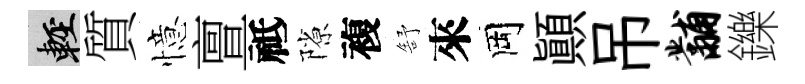
輕質憶亶祗隙複舒來岡顚吊黼鑠